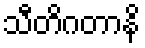
သီတိဂတာနိ